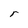
Character: r